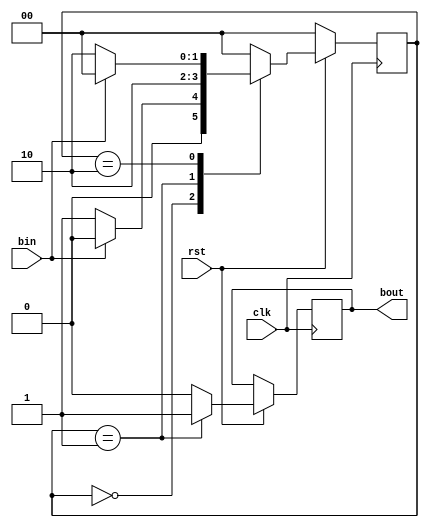
module btnshaper(clk,rst, bin, bout);
  input clk, rst, bin;
  output bout;
  reg bout;
  parameter init=0, pulse=1, wait1=2;
  reg [1:0]state;
  always @(posedge clk)
    begin
      if(rst==0)
        begin
          state<=init;
        end
      else
        begin
          case(state)
            init:
              begin
                bout<=1'b0;
                if(bin==0)
                  begin
                    state<=pulse;
                  end
                else
                  begin
                    state<=init;
                  end
              end
            pulse:
              begin
                bout<=1'b1;
                state<=wait1;
              end
            wait1:
              begin
                bout<=1'b0;
                if(bin==1)
                  begin
                    state<=init;
                  end
               else
                 begin
                   state<=wait1;
                 end
             end
           default:
             begin
               bout<=1'b0;
               state<=init;
             end
          endcase
      end
    end
endmodule